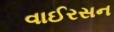
વાઈરસન